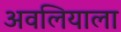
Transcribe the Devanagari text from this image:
अवलियाला